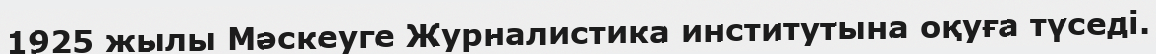
1925 жылы Мәскеуге Журналистика институтына оқуға түседі.